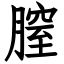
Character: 膣